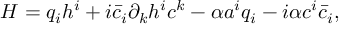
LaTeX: { \cal H } = q _ { i } h ^ { i } + i \bar { c } _ { i } \partial _ { k } h ^ { i } c ^ { k } - \alpha a ^ { i } q _ { i } - i \alpha c ^ { i } \bar { c } _ { i } ,